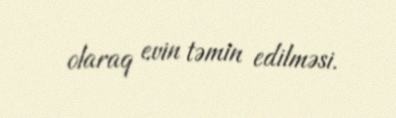
olaraq evin təmin edilməsi.